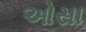
ઓસા